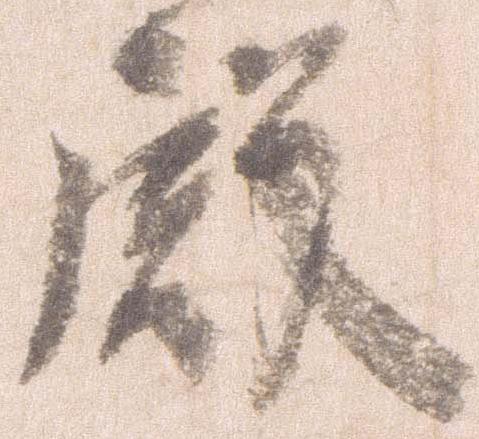
殿